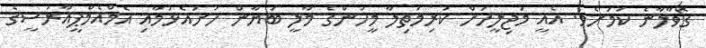
ގޮވާލާނެ ކަމަށެވެ. އެއީ މަޖިލީހަށް ކުރިމަތިލާ މީހުންގެ މާލީ ބަޔާން ހުށައެޅުމާއި އެމްއެމްޕީއާރުސީގެ